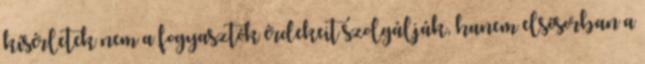
kísérletek nem a fogyasztók érdekeit szolgálják, hanem elsősorban a